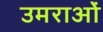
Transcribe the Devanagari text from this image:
उमराओं